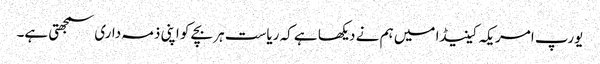
یورپ امریکہ کینیڈا میں ہم نے دیکھا ہے کہ ریاست ہر بچے کو اپنی ذمہ داری سمجھتی ہے۔